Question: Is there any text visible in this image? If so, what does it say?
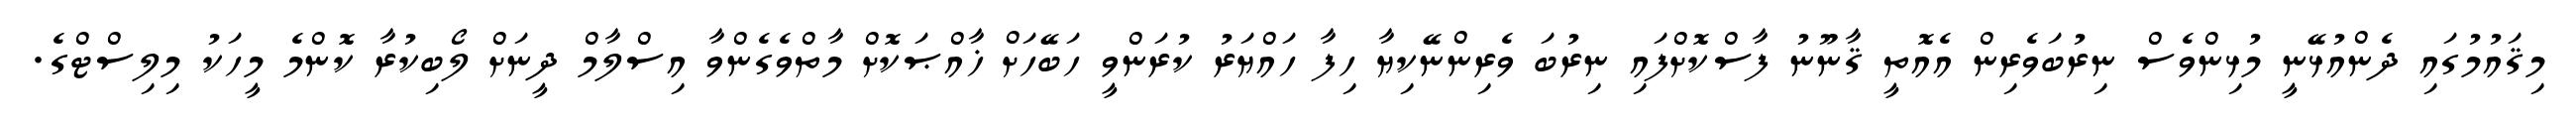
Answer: މިޤައުމުގައި ދެންއުޅޭނީ މުޅިންވެސް ނިރުބަވެރިން އެއޮތީ ޤާނޫނު ފާސްކޮށްފައި ނިރުބަ ވެރިންނޭކިޔާ ހިފާ ހައްޔަރު ކުރަންވީ ހަބޭހަށް ޚާއްޞަކޮށް މާތްވެގެންވާ އިސްލާމް ދީނަށް ލޯބިކުރާ ކޮންމެ މީހަކު މިލިސްޓްގެ.